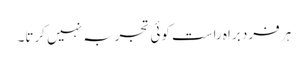
ہر فرد براہ راست کوئی تجربہ نہیں کرتا۔